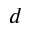
d